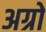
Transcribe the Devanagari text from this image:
अग्रो